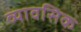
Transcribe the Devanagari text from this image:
व्यावसिक